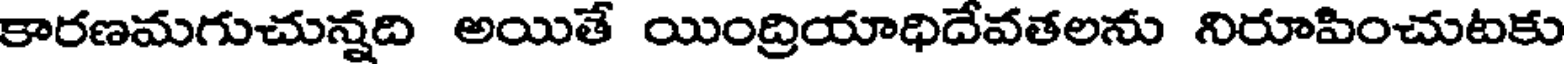
కారణమగుచున్నది అయితే యింద్రియాధిదేవతలను నిరూపించుటకు